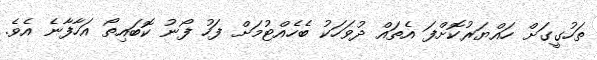
ތަހުގީގަށް ހައްޔަރުކޮށްފަ އެތައް ދުވަހަކު ބެހެއްޓުމަށް ފަހު ފޯނު ކޮބައިތޯ އަހާފާނެ އެވެ.